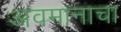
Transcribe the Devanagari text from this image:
अवमानाचा